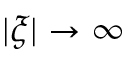
| \xi | \to \infty